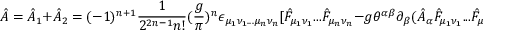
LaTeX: \hat { \cal A } = \hat { \cal A } _ { 1 } + \hat { \cal A } _ { 2 } = ( - 1 ) ^ { n + 1 } { \frac { 1 } { 2 ^ { 2 n - 1 } n ! } } ( { \frac { g } { \pi } } ) ^ { n } \epsilon _ { \mu _ { 1 } \nu _ { 1 } . . . \mu _ { n } \nu _ { n } } [ \hat { F } _ { \mu _ { 1 } \nu _ { 1 } } . . . \hat { F } _ { \mu _ { n } \nu _ { n } } - g \theta ^ { \alpha \beta } \partial _ { \beta } ( \hat { A } _ { \alpha } \hat { F } _ { \mu _ { 1 } \nu _ { 1 } } . . . \hat { F } _ { \mu _ { n } \nu _ { n } } ) ] .